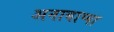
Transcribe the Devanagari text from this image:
अनायाप्पा